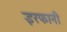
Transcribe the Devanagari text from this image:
इरफानी